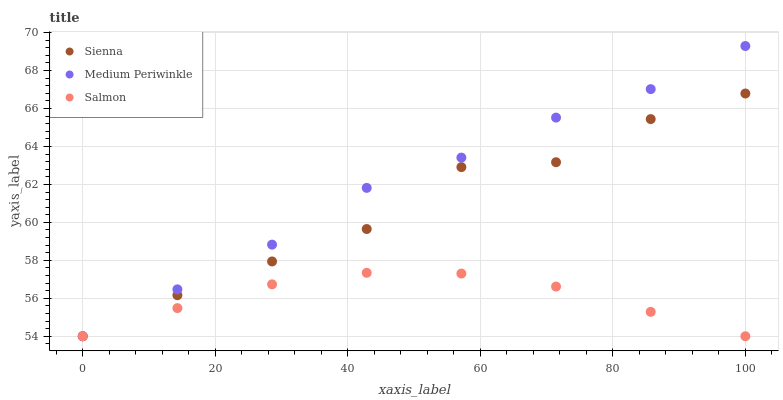
| xaxis_label | Sienna | Medium Periwinkle | Salmon |
 | --- | --- | --- | --- |
 | 0 | 54 | 54 | 54 |
 | 14.3 | 56.2 | 56.5 | 55.5 |
 | 28.6 | 57.9 | 58.8 | 56.7 |
 | 42.9 | 59.7 | 61.8 | 57.3 |
 | 57.1 | 62.9 | 63.4 | 57.3 |
 | 71.4 | 63.2 | 65.5 | 56.6 |
 | 85.7 | 65.4 | 67 | 55.3 |
 | 100 | 66.8 | 69.3 | 54 |